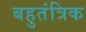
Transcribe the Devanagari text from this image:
बहुतंत्रिक